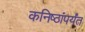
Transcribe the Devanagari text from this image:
कनिष्ठांपर्यंत